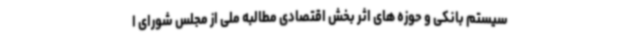
سیستم بانکی و حوزه های اثر بخش اقتصادی مطالبه ملی از مجلس شورای ا